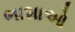
ભાશાઓ